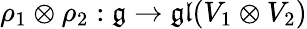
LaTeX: \rho_{1}\otimes\rho_{2}:{\mathfrak{g}}\rightarrow{\mathfrak{gl}}(V_{1}\otimes V_{2})